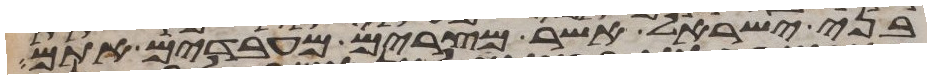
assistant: בני ישראל אשר מצרים מעבדים אתם